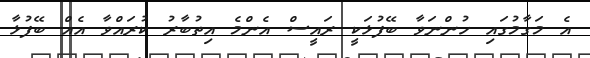
އެ މަގާމުގައި ހުންނަވާ ބޭފުޅަކީ ރައީސް އެންމެ އިތުބާރު ކުރައްވާ އެއް ބޭފުޅާ